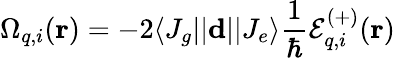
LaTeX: \Omega_{q,i}(\mathbf{r})=-2\langle J_{g}||\mathbf{d}||J_{e}\rangle\frac{1}{\hbar}\mathcal{E}_{q,i}^{(+)}(\mathbf{r})